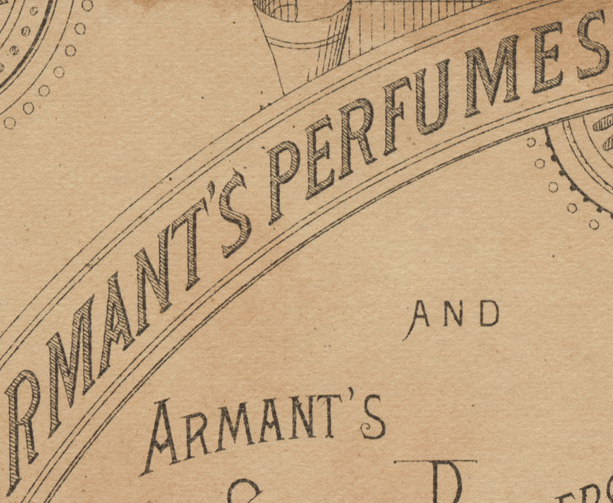
RMANT'S PERFUMES